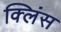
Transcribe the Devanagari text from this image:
क्लिंस